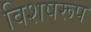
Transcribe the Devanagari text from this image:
विशषरूप